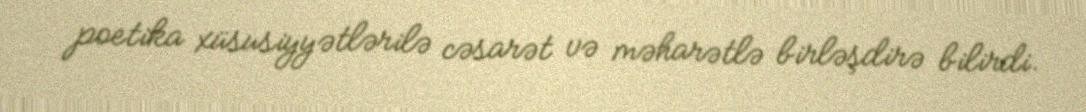
poetika xüsusiyyətlərilə cəsarət və məharətlə birləşdirə bilirdi.